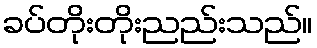
ခပ်တိုးတိုးညည်းသည်။